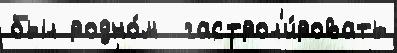
был родно́м  гастрол'и́ровать